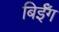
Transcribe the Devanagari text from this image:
बिईँग